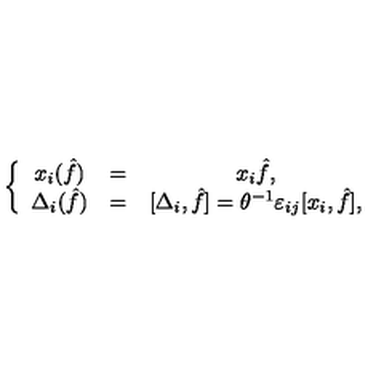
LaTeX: \left\{ \begin{array} { c c c } { x _ { i } ( \hat { f } ) } & { = } & { x _ { i } { \hat { f } } , \nonumber } \\ { \Delta _ { i } ( { \hat { f } } ) } & { = } & { [ \Delta _ { i } , { \hat { f } } ] = \theta ^ { - 1 } \varepsilon _ { i j } [ x _ { i } , { \hat { f } } ] , } \\ \end{array} \right.